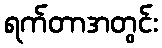
ရက်တာအတွင်း